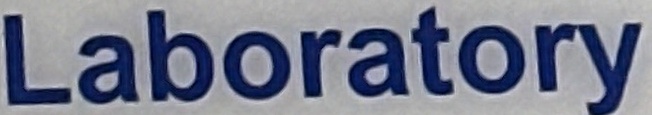
Laboratory